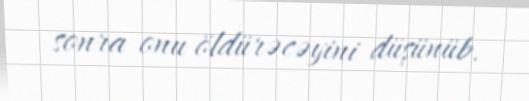
sonra onu öldürəcəyini düşünüb.